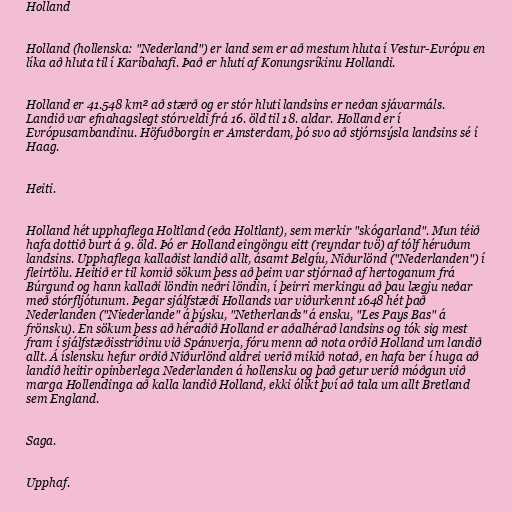
Holland

Holland (hollenska: "Nederland") er land sem er að mestum hluta í Vestur-Evrópu en
líka að hluta til í Karíbahafi. Það er hluti af Konungsríkinu Hollandi.

Holland er 41.548 km² að stærð og er stór hluti landsins er neðan sjávarmáls.
Landið var efnahagslegt stórveldi frá 16. öld til 18. aldar. Holland er í
Evrópusambandinu. Höfuðborgin er Amsterdam, þó svo að stjórnsýsla landsins sé í
Haag.

Heiti.

Holland hét upphaflega Holtland (eða Holtlant), sem merkir "skógarland". Mun téið
hafa dottið burt á 9. öld. Þó er Holland eingöngu eitt (reyndar tvö) af tólf héruðum
landsins. Upphaflega kallaðist landið allt, ásamt Belgíu, Niðurlönd ("Nederlanden") í
fleirtölu. Heitið er til komið sökum þess að þeim var stjórnað af hertoganum frá
Búrgund og hann kallaði löndin neðri löndin, í þeirri merkingu að þau lægju neðar
með stórfljótunum. Þegar sjálfstæði Hollands var viðurkennt 1648 hét það
Nederlanden ("Niederlande" á þýsku, "Netherlands" á ensku, "Les Pays Bas" á
frönsku). En sökum þess að héraðið Holland er aðalhérað landsins og tók sig mest
fram í sjálfstæðisstríðinu við Spánverja, fóru menn að nota orðið Holland um landið
allt. Á íslensku hefur orðið Niðurlönd aldrei verið mikið notað, en hafa ber í huga að
landið heitir opinberlega Nederlanden á hollensku og það getur verið móðgun við
marga Hollendinga að kalla landið Holland, ekki ólíkt því að tala um allt Bretland
sem England.

Saga.

Upphaf.